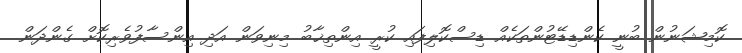
ކޮމިޝަނުން ބުނީ ކެންޑިޑޭޓުންތަކެއް ޑިސްކޮލިފައި ކުރީ އިންތިޚާބު މިނިވަން އަދި އިންސާފުވެރިކޮށް ގެންދަން